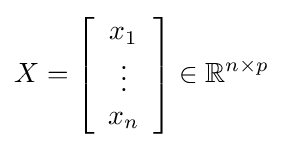
X=\left[{\begin{array}{c}x_{1}\\\vdots \\x_{n}\end{array}}\right]\in \mathbb {R} ^{n\times p}